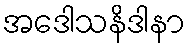
အဒေါသနိဒါနာ